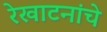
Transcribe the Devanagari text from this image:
रेखाटनांचे